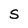
Character: S